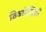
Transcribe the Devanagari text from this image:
विषयेन्द्रियों